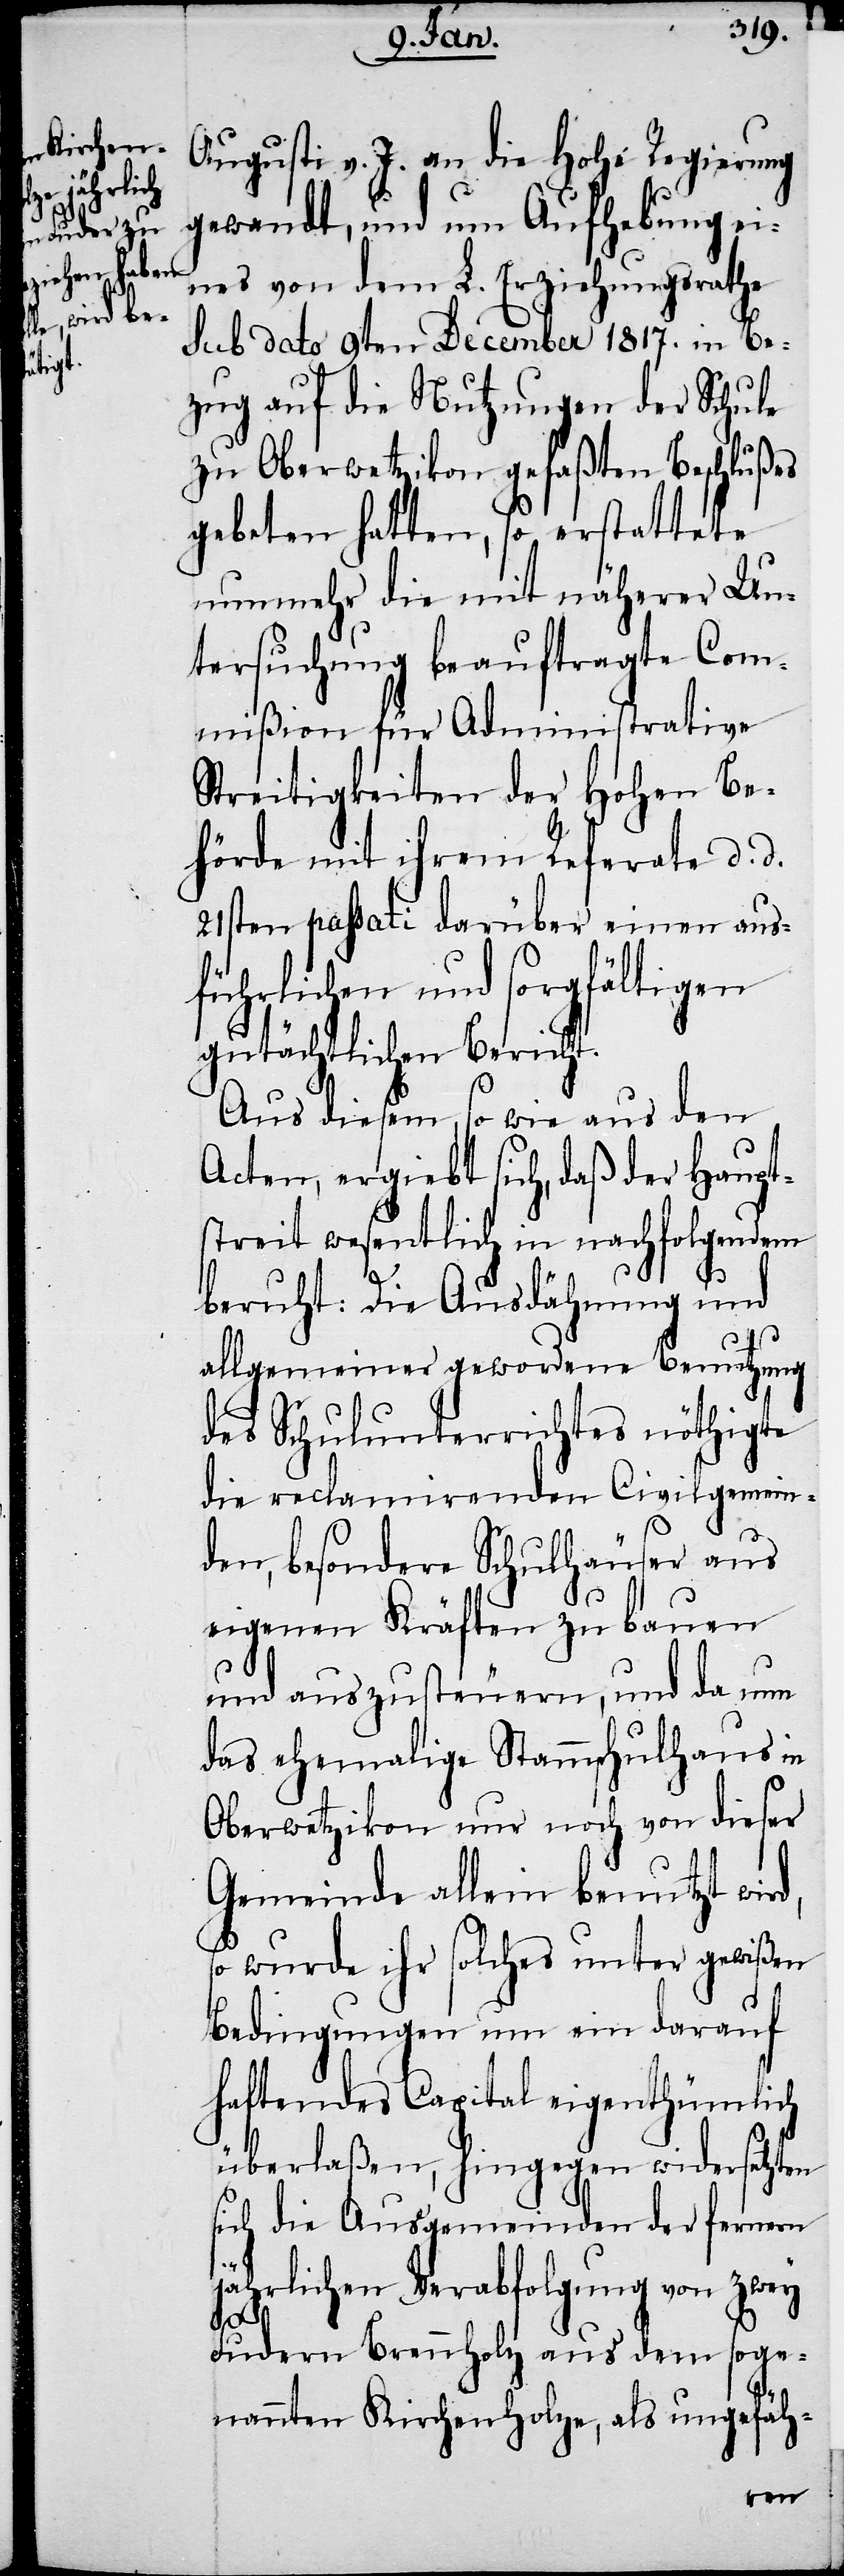
d,

Augusti v. J. an die Hohe Regierung
gewandt, und um Aufhebung ei¬
nes von dem L. Erziehungsrathe
sub dato 9ten December 1817. in Be¬
zug auf die Nutzungen der Schule
zu Oberwetzikon gefaßten Beschlußes
gebeten hatten, so erstattete
nunmehr die mit näherer Un¬
tersuchung beauftragte Com¬
mißion für Administrative
Streitigkeiten der Hohen Be¬
hörde mit ihrem Referate d. d.
21sten passati darüber einen aus¬
führlichen und sorgfältigen
gutächtlichen Bericht.
Aus diesem, so wie aus den
Acten, ergiebt sich, daß der Haupt¬
streit wesentlich in nachfolgendem
beruht: Die Ausdähnung und
allgemeiner gewordene Benutzung
des Schulunterrichtes nöthigte
die reclamirenden Civilgemein¬
den, besondere Schulhäuser aus
eigenen Kräften zu bauen
und auszusteuern, und da nun
das ehemalige Stammschulhaus in
Oberwetzikon nur noch von dieser
Gemeinde allein benutzt wir¬
so wurde ihr solches unter gewißen
Bedingungen um ein darauf
haftendes Capital eigenthümlich
überlaßen, hingegen widersetzten
ich die Ausgemeinden der ferneren
jährlichen Verabfolgung von zwey
s¬
Fudern Brennholz aus dem soge¬
nannten Kirchenholze, als ungefäh-